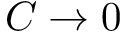
C \rightarrow 0